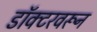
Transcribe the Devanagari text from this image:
डॉक्टरवरून